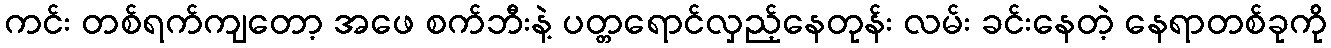
ကင်း တစ်ရက်ကျတော့ အဖေ စက်ဘီးနဲ့ ပတ္တရောင်လှည့်နေတုန်း လမ်း ခင်းနေတဲ့ နေရာတစ်ခုကို